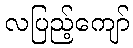
လပြည့်ကျော်